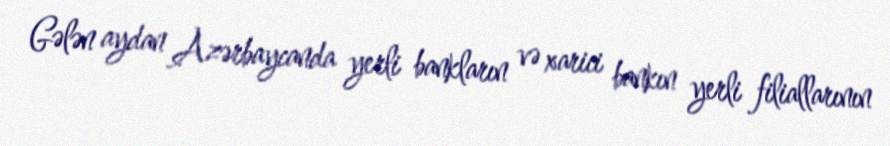
Gələn aydan Azərbaycanda yerli bankların və xarici bankın yerli filiallarının